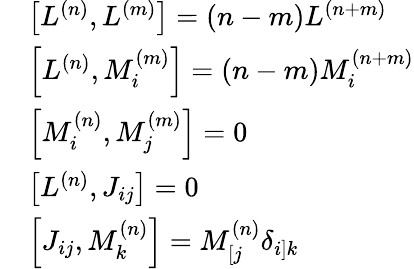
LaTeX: \begin{array}{rl}&{\left[L^{(n)},L^{(m)}\right]=(n-m)L^{(n+m)}}\\ &{\left[L^{(n)},M_{i}^{(m)}\right]=(n-m)M_{i}^{(n+m)}}\\ &{\left[M_{i}^{(n)},M_{j}^{(m)}\right]=0}\\ &{\left[L^{(n)},J_{ij}\right]=0}\\ &{\left[J_{ij},M_{k}^{(n)}\right]=M_{[j}^{(n)}\delta_{i]k}}\end{array}